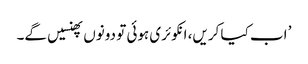
’ اب کیا کریں، انکوئری ہوئی تو دونوں پھنسیں گے۔